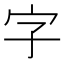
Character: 字